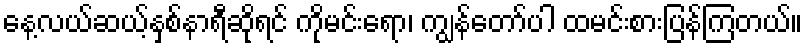
နေ့လယ်ဆယ့်နှစ်နာရီဆိုရင် ကိုမင်းရော၊ ကျွန်တော်ပါ ထမင်းစားပြန်ကြတယ်။